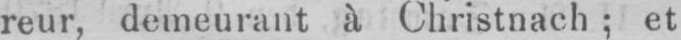
reur, demeurant à Christnach; et